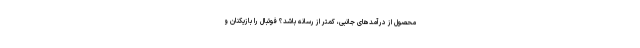
محصول از درآمدهای جانبی، کمتر از رسانه باشد؟ فوتبال را بازیکنان و